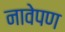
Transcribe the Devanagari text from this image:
नावेपण